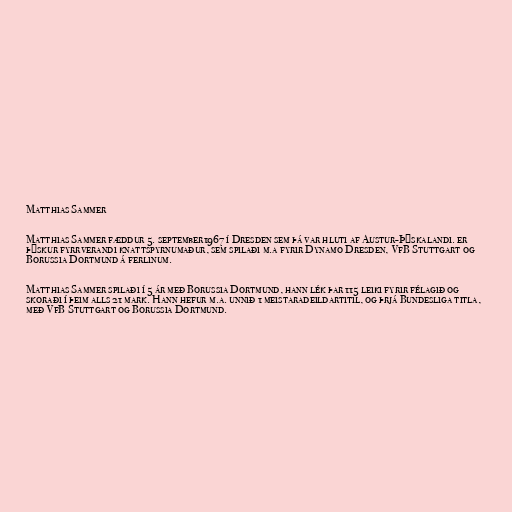
Matthias Sammer

Matthias Sammer fæddur 5. september1967 í Dresden sem þá var hluti af Austur-Þýskalandi. er
þýskur fyrrverandi knattspyrnumaður, sem spilaði m.a fyrir Dynamo Dresden, VfB Stuttgart og
Borussia Dortmund á ferlinum.

Matthias Sammer spilaði í 5 ár með Borussia Dortmund, hann lék þar 115 leiki fyrir félagið og
skoraði í þeim alls 21 mark. Hann hefur m.a. unnið 1 meistaradeildartitil, og þrjá Bundesliga titla,
með VfB Stuttgart og Borussia Dortmund.